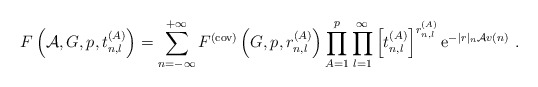
\begin{align*}F\left({\cal A},G,p,t^{(A)}_{n,l}\right)= \sum_{n=-\infty}^{+\infty}F^{(\rm cov)}\left(G,p,r^{(A)}_{n,l}\right) \prod_{A=1}^p \prod_{l=1}^{\infty}\left[t_{n,l}^{(A)}\right]^{r^{(A)}_{n,l}} {\rm e}^{-|r|_n{\cal A} v(n)}~.\end{align*}